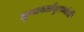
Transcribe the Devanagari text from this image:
तृणावर्तासुरध्वंसी